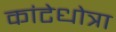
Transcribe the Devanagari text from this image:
कांटेधोत्रा